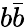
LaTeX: b\bar{b}